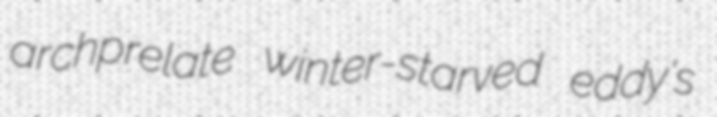
archprelate winter-starved eddy's